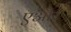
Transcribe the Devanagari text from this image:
एऔर